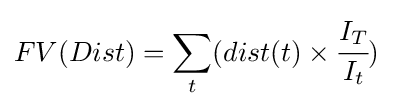
FV(Dist)=\sum _{t}(dist(t)\times {\cfrac {I_{T}}{I_{t}}})